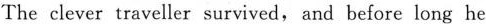
The clever traveller survived,and before long he